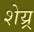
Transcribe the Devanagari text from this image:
शेय्र्र